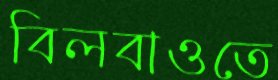
বিলবাওতে